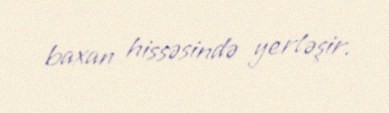
baxan hissəsində yerləşir.